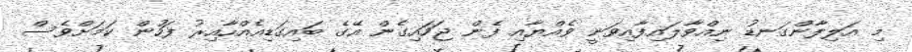
މި އަލިފާންގަނޑު ނިއްވާލައިފާއިވަނީ ވެއްޔާއި ފެން ޖަހައިގެން އޭގެ ބައިގަޑިއެއްހާއިރު ފަހުން ކަމަށްވެސް